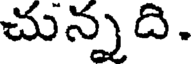
చున్నది.